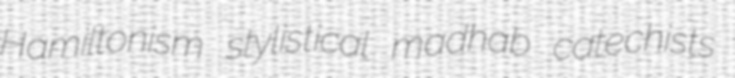
Hamiltonism stylistical madhab catechists